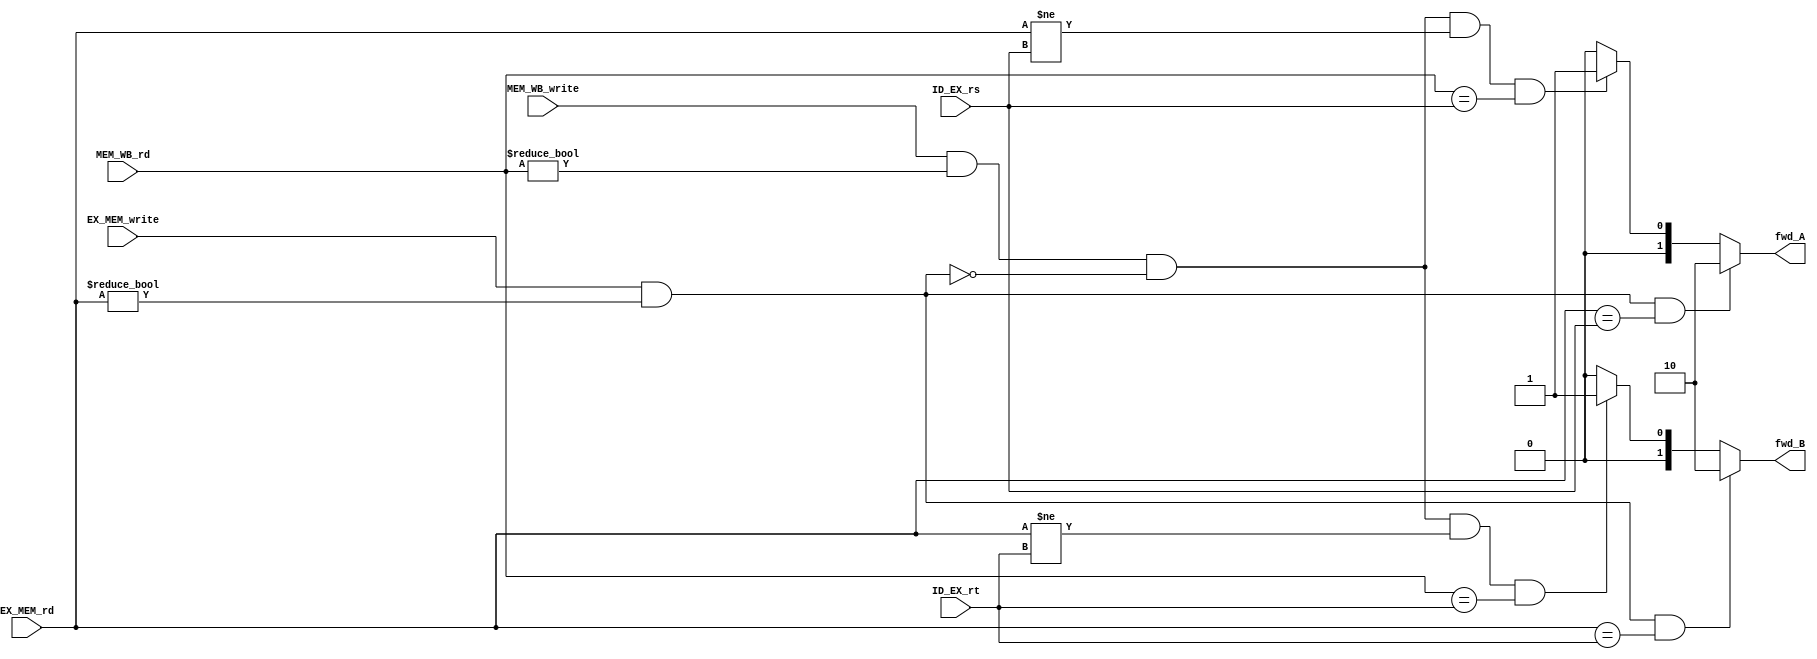
module forwarding_unit(
	input [4:0] EX_MEM_rd, MEM_WB_rd, ID_EX_rs, ID_EX_rt,
	input EX_MEM_write, MEM_WB_write,
	output reg [1:0] fwd_A, fwd_B
);

// fwd_A
always @(*) begin
		//ex hazard
		if(EX_MEM_write && (EX_MEM_rd != 0) && (EX_MEM_rd == ID_EX_rs))
			fwd_A <= 2'b10;
		//mem hazard
		else if(MEM_WB_write && (MEM_WB_rd != 0) && ~(EX_MEM_write && (EX_MEM_rd != 0)) && (EX_MEM_rd != ID_EX_rs) && (MEM_WB_rd == ID_EX_rs))
			fwd_A <= 2'b01;
		else
			fwd_A <= 2'b00;
	end
	
// fwd_B
always @(*) begin
		//ex hazard
		if(EX_MEM_write && (EX_MEM_rd != 0) && (EX_MEM_rd == ID_EX_rt))
			fwd_B <= 2'b10;
		//mem hazard
		else if(MEM_WB_write && (MEM_WB_rd != 0) && ~(EX_MEM_write && (EX_MEM_rd != 0)) && (EX_MEM_rd != ID_EX_rt) && (MEM_WB_rd == ID_EX_rt))
			fwd_B <= 2'b01;
		else
			fwd_B <= 2'b00;
	end

endmodule

////------old code
/*
module fwd_unit (
	input		EX_MEM_write,  // if EX/MEM stage writes back to regfile
	input 		MEM_WB_write,  // if MEM/WB stage writes back to regfile
	input [4:0] ID_EX_rs,  // src reg in ID/EX stage
	input [4:0] ID_EX_rt,  // targ reg in ID/EX stage
	input [4:0] EX_MEM_rd,  // dest reg in EX/MEM stage
	input [4:0] MEM_WB_rd,  // dest reg in MEM/WB stage
	output reg [1:0] fwd_A,
	output reg [1:0] fwd_B
	);


// fwd_A
always @(*)
	begin
		//ex hazard
		if(EX_MEM_write && (EX_MEM_rd != 0) && (EX_MEM_rd == ID_EX_rs))
			fwd_A <= 2'b10;
		//mem hazard
		else if(MEM_WB_write && (MEM_WB_rd != 0) && ~(EX_MEM_write && (EX_MEM_rd != 0)) && (EX_MEM_rd != ID_EX_rs) && (MEM_WB_rd == ID_EX_rs))
			fwd_A <= 2'b01;
		else
			fwd_A <= 2'b00;
	end
	
// fwd_B
always @(*)
	begin
		//ex hazard
		if(EX_MEM_write && (EX_MEM_rd != 0) && (EX_MEM_rd == ID_EX_rt))
			fwd_B <= 2'b10;
		//mem hazard
		else if(MEM_WB_write && (MEM_WB_rd != 0) && ~(EX_MEM_write && (EX_MEM_rd != 0)) && (EX_MEM_rd != ID_EX_rt) && (MEM_WB_rd == ID_EX_rt))
			fwd_B <= 2'b01;
		else
			fwd_B <= 2'b00;
	end

endmodule


*/